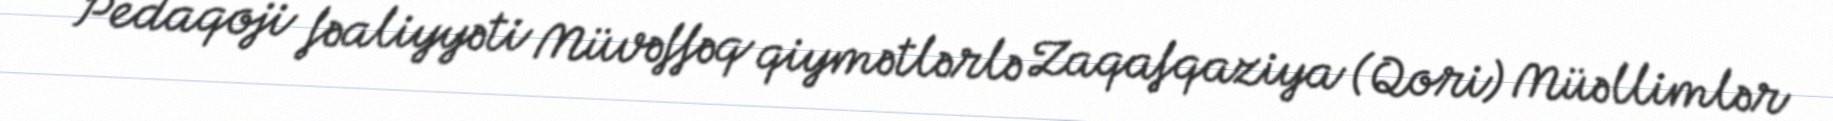
Pedaqoji fəaliyyəti Müvəffəq qiymətlərlə Zaqafqaziya (Qori) Müəllimlər